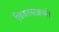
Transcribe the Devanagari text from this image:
विकासक्रमों